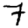
Digit: 7